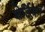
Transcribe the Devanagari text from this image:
शेर्डियन